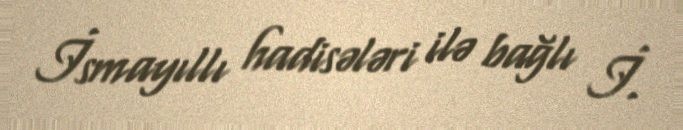
İsmayıllı hadisələri ilə bağlı İ.